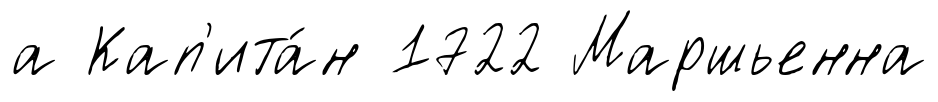
а Кап'ита́н 1722 Маршьенна